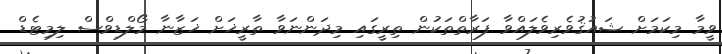
ވީމާ މިކަމަށް ޝައުޤުވެރިވެލައްވާ ފަރާތްތަކުން ތިރީގައި މިދަންނަވާ ތާރީޚަށް ޚަޒާނާ މޯލްޑިވްސް ލިމިޓެޑް